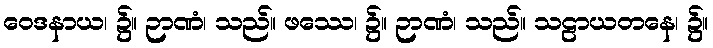
ဝေဒနာယ၊ ၌။ ဉာဏံ၊ သည်။ ဖဿေ၊ ၌။ ဉာဏံ၊ သည်။ သဠာယတနေ၊ ၌။